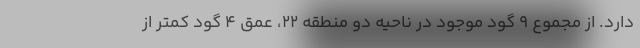
دارد. از مجموع ۹ گود موجود در ناحیه دو منطقه ۲۲، عمق ۴ گود کمتر از